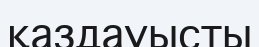
қаздауысты